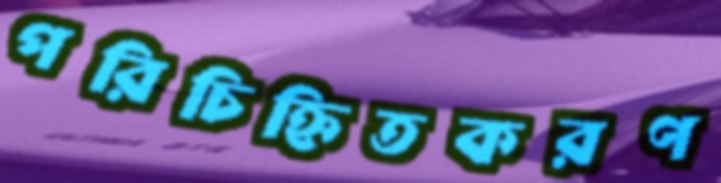
পরিচিহ্নিতকরণ